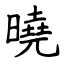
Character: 曉